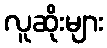
လူဆိုးများ